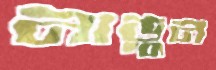
নাড়ুন